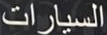
السيارات